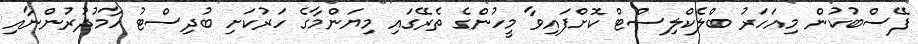
ފޭސްބުކުން މިއަހަރު ބްލެކްލިސްޓް ކޮށްފައިވާ މީހުންގެ ތެރޭގައި މިޔަންމާގެ ހަރުކަށި ބުދިސްޓު ހާމުދުރުންނާއި